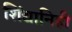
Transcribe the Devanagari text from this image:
शिंद्यानिही